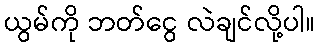
ယွမ်ကို ဘတ်ငွေ လဲချင်လို့ပါ။